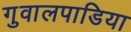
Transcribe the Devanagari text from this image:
गुवालपाडिया